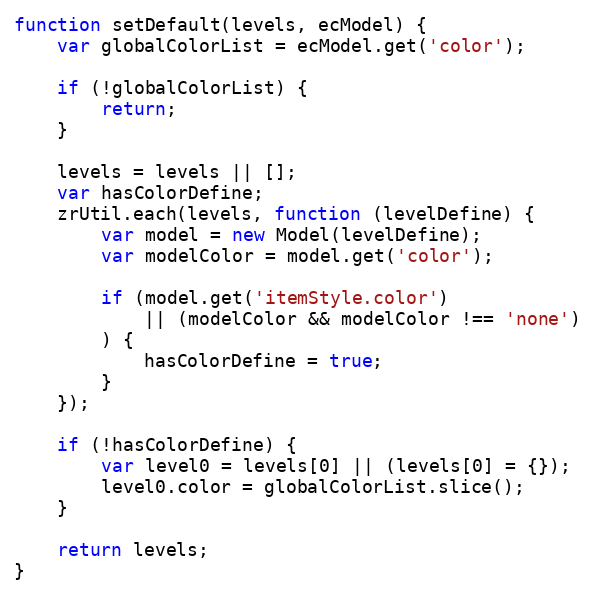
Language: JavaScript
function setDefault(levels, ecModel) {
    var globalColorList = ecModel.get('color');

    if (!globalColorList) {
        return;
    }

    levels = levels || [];
    var hasColorDefine;
    zrUtil.each(levels, function (levelDefine) {
        var model = new Model(levelDefine);
        var modelColor = model.get('color');

        if (model.get('itemStyle.color')
            || (modelColor && modelColor !== 'none')
        ) {
            hasColorDefine = true;
        }
    });

    if (!hasColorDefine) {
        var level0 = levels[0] || (levels[0] = {});
        level0.color = globalColorList.slice();
    }

    return levels;
}